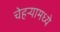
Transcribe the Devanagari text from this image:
चेहर्‍यामध्ये